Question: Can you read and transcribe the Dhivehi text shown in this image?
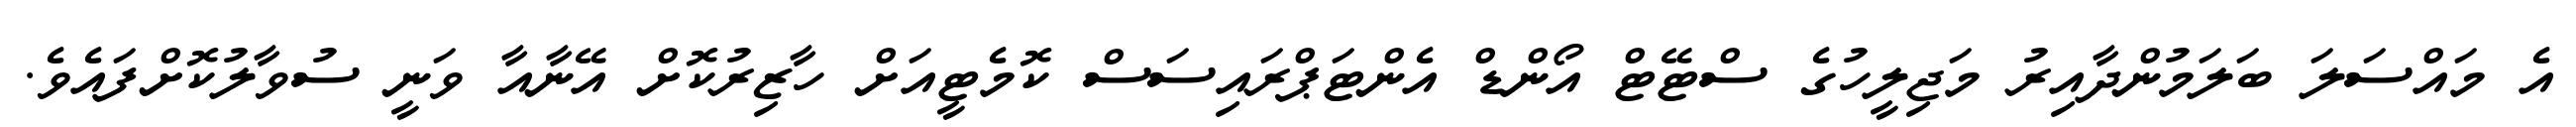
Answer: އެ މައްސަލަ ބަލަމުންދާއިރު މަޖިލީހުގެ ސްޓޭޓް އޯންޑް އެންޓަޕްރައިސަސް ކޮމެޓީއަށް ހާޒިރުކޮށް އޭނާއާ ވަނީ ސުވާލުކޮށްފައެވެ.